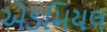
એડમિયલ